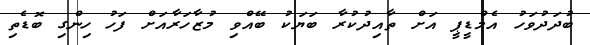
ބުދަދުވަހު އެމްޑީޕީ އަށް ތާއިދުކުރާ ބަޔަކު ބޭއްވި މުޒާހަރާއަށް ފަހު ހިންގި ބޮޑެތި